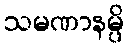
သမဏာနမ္ပိ